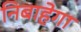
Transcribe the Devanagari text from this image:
निबाहेगा